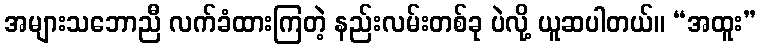
အများသဘောညီ လက်ခံထားကြတဲ့ နည်းလမ်းတစ်ခု ပဲလို့ ယူဆပါတယ်။ “အထူး”